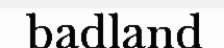
badland